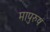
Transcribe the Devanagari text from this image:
मापुरुष